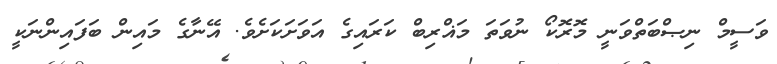
ވަސީމް ނިޞްބަތްވަނީ މޮރޮކޯ ނުވަތަ މަޣްރިބް ކަރައިގެ އަވަށަކަށެވެ. އޭނާގެ މައިން ބަފައިންނަކީ